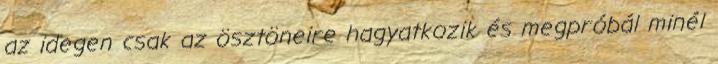
az idegen csak az ösztöneire hagyatkozik és megpróbál minél